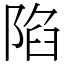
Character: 陷